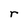
Character: r